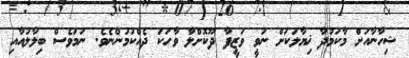
ޝިހާނާއަށް މާކަމުދާ ޚިޔާލަކަށް ނުވީ ވަޒީފާ ދޫކޮށްލާ ވާހަކަ ދެއްކުމުންނެވެ. ނަމަވެސް ބިލާލުއާއި